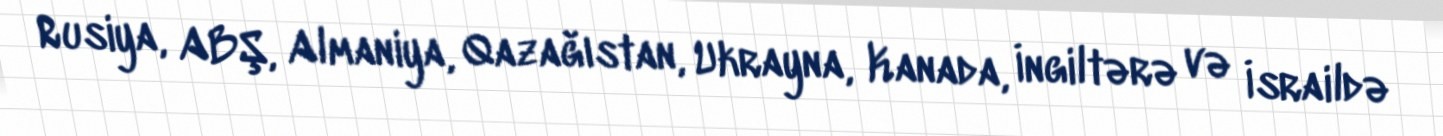
Rusiya, ABŞ, Almaniya, Qazağıstan, Ukrayna, Kanada, İngiltərə və İsraildə